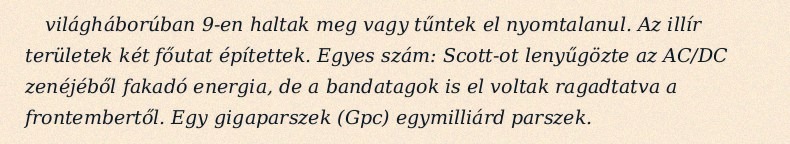
világháborúban 9-en haltak meg vagy tűntek el nyomtalanul. Az illír területek két főutat építettek. Egyes szám: Scott-ot lenyűgözte az AC/DC zenéjéből fakadó energia, de a bandatagok is el voltak ragadtatva a frontembertől. Egy gigaparszek (Gpc) egymilliárd parszek.